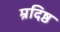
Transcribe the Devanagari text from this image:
म्रदिष्ठ